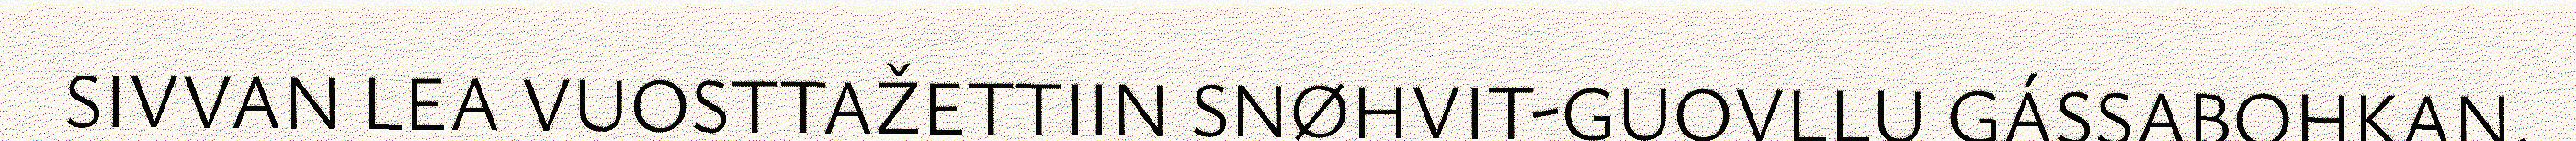
SIVVAN LEA VUOSTTAŽETTIIN SNØHVIT-GUOVLLU GÁSSABOHKAN,